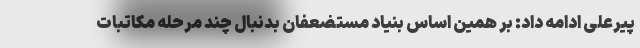
پیرعلی ادامه داد: بر همین اساس بنیاد مستضعفان بدنبال چند مرحله مکاتبات